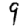
Digit: 9